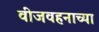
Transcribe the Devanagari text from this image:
वीजवहनाच्या